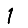
Digit: 1